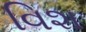
વિશ